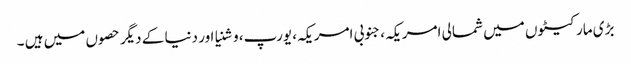
بڑی مارکیٹوں میں شمالی امریکہ، جنوبی امریکہ، یورپ، وشنیا اور دنیا کے دیگر حصوں میں ہیں ۔